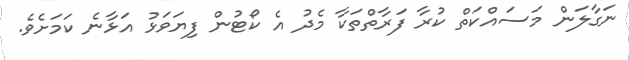
ނަގާލަން މަސައްކަތް ކުރާ ފަރާތްތަކާ މެދު އެ ކޯޓުން ފިޔަވަޅު އަޅާނެ ކަމަށެވެ.